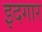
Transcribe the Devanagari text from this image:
इदगार